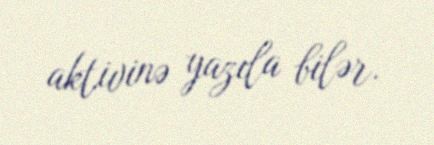
aktivinə yazıla bilər.